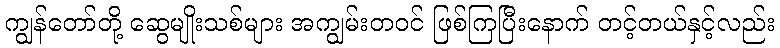
ကျွန်တော်တို့ ဆွေမျိုးသစ်များ အကျွမ်းတဝင် ဖြစ်ကြပြီးနောက် တင့်တယ်နှင့်လည်း